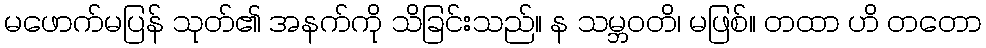
မဖောက်မပြန် သုတ်၏ အနက်ကို သိခြင်းသည်။ န သမ္ဘဝတိ၊ မဖြစ်။ တထာ ဟိ တတော